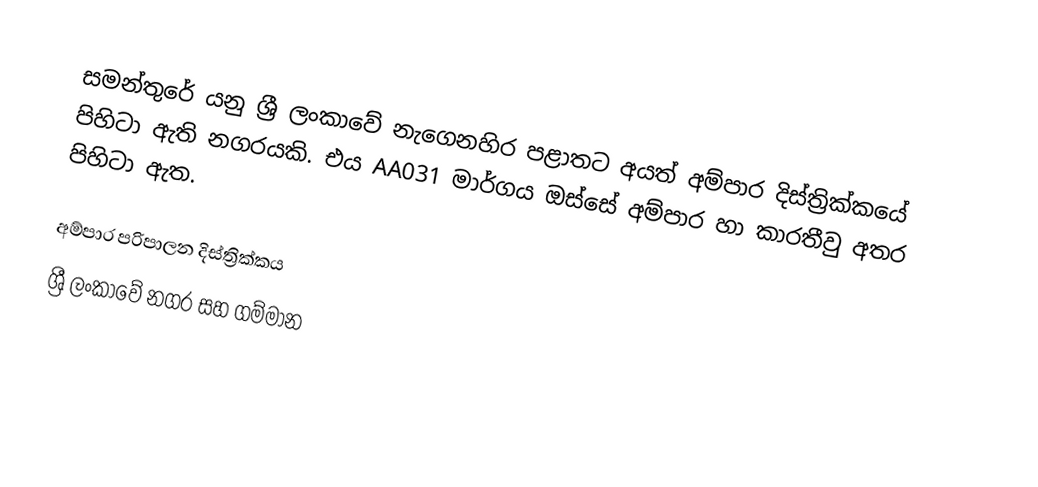
සමන්තුරේ යනු ශ්‍රී ලංකාවේ නැගෙනහිර පළාතට අයත් අම්පාර දිස්ත්‍රික්කයේ පිහිටා ඇති නගරයකි. එය AA031 මාර්ගය ඔස්සේ අම්පාර හා කාරතීවු අතර පිහිටා ඇත.

අම්පාර පරිපාලන දිස්ත්‍රික්කය
ශ්‍රී ලංකාවේ නගර සහ ගම්මාන